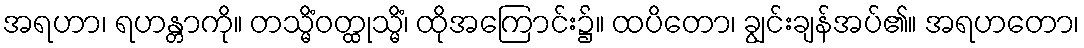
အရဟာ၊ ရဟန္တာကို။ တသ္မိံဝတ္ထုသ္မိံ၊ ထိုအကြောင်း၌။ ထပိတော၊ ချွင်းချန်အပ်၏။ အရဟတော၊